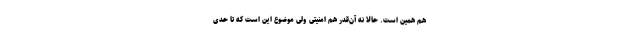
هم همین است. حالا نه آن‌قدر هم امنیتی ولی موضوع این است که تا حدی